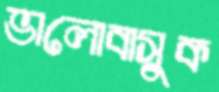
ভালোবাসুক